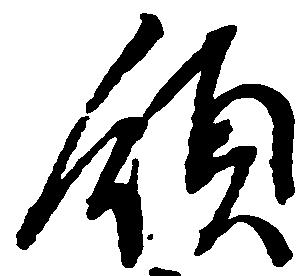
領